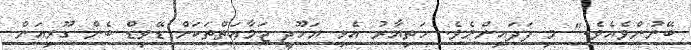
ބޭނުންވެއެވެ." މި ފަދައިންނެވެ. ހަތިޔާރު އެޅި ޔަހޫދީ ޖަމާޢަތްތަކަށް ޑޭވިޑް ބެން ގޫރިއަން